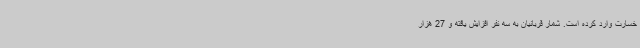
خسارت وارد کرده است. شمار قربانیان به سه نفر افزایش یافته و 27 هزار